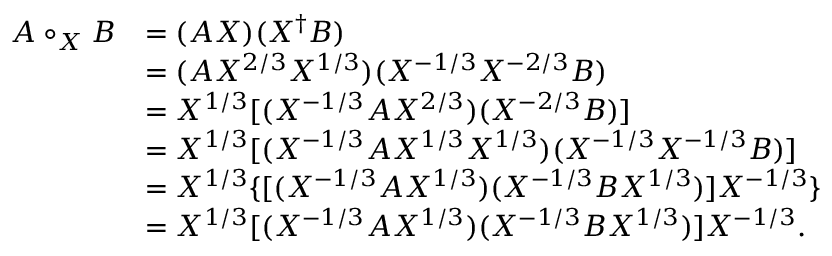
\begin{array} { r l } { { A \circ _ { X } B } } & { { = ( A X ) ( X ^ { \dagger } B ) } } \\ { { } } & { { = ( A X ^ { 2 / 3 } X ^ { 1 / 3 } ) ( X ^ { - 1 / 3 } X ^ { - 2 / 3 } B ) } } \\ { { } } & { { = X ^ { 1 / 3 } [ ( X ^ { - 1 / 3 } A X ^ { 2 / 3 } ) ( X ^ { - 2 / 3 } B ) ] } } \\ { { } } & { { = X ^ { 1 / 3 } [ ( X ^ { - 1 / 3 } A X ^ { 1 / 3 } X ^ { 1 / 3 } ) ( X ^ { - 1 / 3 } X ^ { - 1 / 3 } B ) ] } } \\ { { } } & { { = X ^ { 1 / 3 } \{ [ ( X ^ { - 1 / 3 } A X ^ { 1 / 3 } ) ( X ^ { - 1 / 3 } B X ^ { 1 / 3 } ) ] X ^ { - 1 / 3 } \} } } \\ { { } } & { { = X ^ { 1 / 3 } [ ( X ^ { - 1 / 3 } A X ^ { 1 / 3 } ) ( X ^ { - 1 / 3 } B X ^ { 1 / 3 } ) ] X ^ { - 1 / 3 } . } } \end{array}